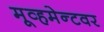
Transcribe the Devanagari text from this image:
मूव्हमेन्टवर